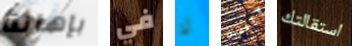
بإهانة في لا متفقين استقالتك